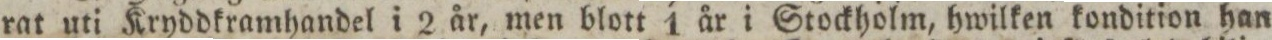
rat uti Kryddkramhandel i 2 år, men blott 1 år i Stockholm, hwilken kondition han